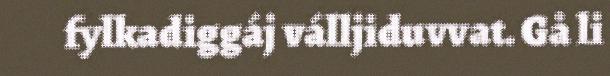
fylkadiggáj válljiduvvat. Gå li